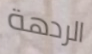
الردهة